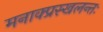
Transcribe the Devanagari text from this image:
मनाक्प्रस्खलन्तः